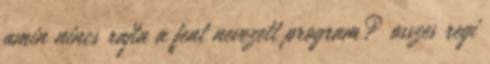
amin nincs rajta a fent nevezett program? osszes regi